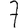
Digit: 7